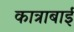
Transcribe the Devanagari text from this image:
कात्राबाई